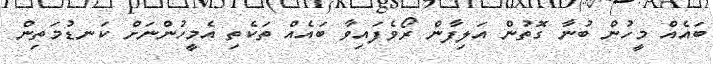
ބައެއް މީހުން ބުނާ ގޮތުން އަލިފާން ރޯވެފައިވާ ބައެއް ތަކެތި އެމީހުންނަށް ކަނޑުމަތިން